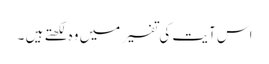
اس آیت کی تفسیر میں وہ لکھتے ہیں ۔